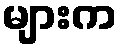
များက